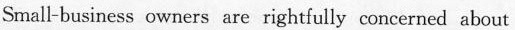
Small-busincss owners are rightfully concerned abcut